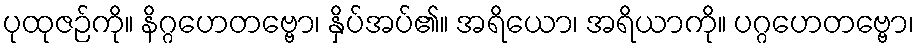
ပုထုဇဉ်ကို။ နိဂ္ဂဟေတဗ္ဗော၊ နှိပ်အပ်၏။ အရိယော၊ အရိယာကို။ ပဂ္ဂဟေတဗ္ဗော၊